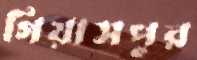
গিয়াসপুর